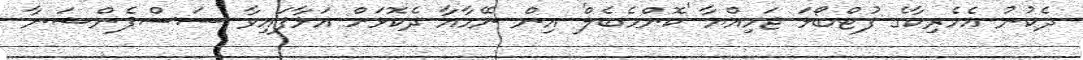
ދެކުނު އެމެރިކާގެ ފުޓްބޯޅަ ޖަމިއްޔާ 'ކޮންމެބެލް' އިން ނޭމާއާ ދެކޮޅަށް އަޅާފައިވާ ސަސްޕެންޝަނާ